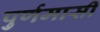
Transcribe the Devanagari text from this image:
पुर्णमासी